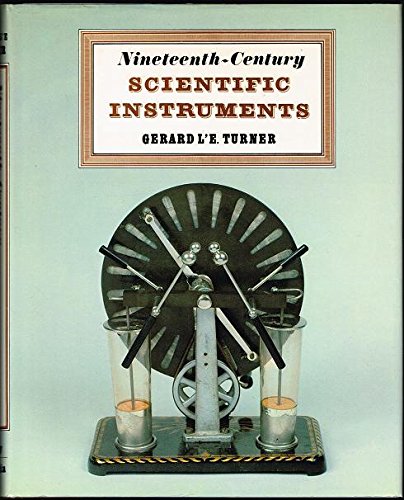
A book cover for Nineteenth-Century Scientific Instruments; Gerald L'E Turner; Science & Math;